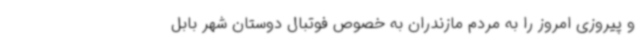
و پیروزی امروز را به مردم مازندران به خصوص فوتبال دوستان شهر بابل